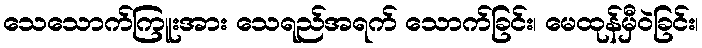
သေသောက်ကြူးအား သေရည်အရက် သောက်ခြင်း၊ မေထုန်မှီဝဲခြင်း၊